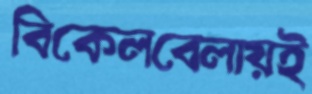
বিকেলবেলায়ই